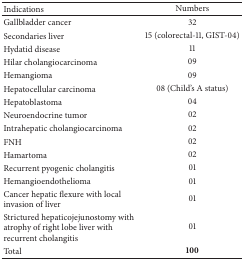
<table><thead><tr><td><b>Indications</b></td><td><b>Numbers</b></td></tr></thead><tbody><tr><td>Gallbladder cancer</td><td>32</td></tr><tr><td>Secondaries liver</td><td>15 (colorectal-11, GIST-04)</td></tr><tr><td>Hydatid disease </td><td>11</td></tr><tr><td>Hilar cholangiocarcinoma</td><td>09</td></tr><tr><td>Hemangioma </td><td>09</td></tr><tr><td>Hepatocellular carcinoma</td><td>08 (Child&#x27;s A status)</td></tr><tr><td>Hepatoblastoma </td><td>04</td></tr><tr><td>Neuroendocrine tumor</td><td>02</td></tr><tr><td>Intrahepatic cholangiocarcinoma</td><td>02</td></tr><tr><td>FNH</td><td>02</td></tr><tr><td>Hamartoma</td><td>02</td></tr><tr><td>Recurrent pyogenic cholangitis</td><td>01</td></tr><tr><td>Hemangioendothelioma</td><td>01</td></tr><tr><td>Cancer hepatic flexure with local invasion of liver</td><td>01</td></tr><tr><td>Strictured hepaticojejunostomy with atrophy of right lobe liver with recurrent cholangitis</td><td>01</td></tr><tr><td>Total </td><td><b>100</b></td></tr></tbody></table>